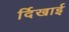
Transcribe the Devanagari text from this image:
र्दिखाई